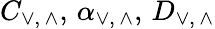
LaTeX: C_{\vee,\, \wedge},\, \alpha_{\vee,\, \wedge},\, D_{\vee,\, \wedge}